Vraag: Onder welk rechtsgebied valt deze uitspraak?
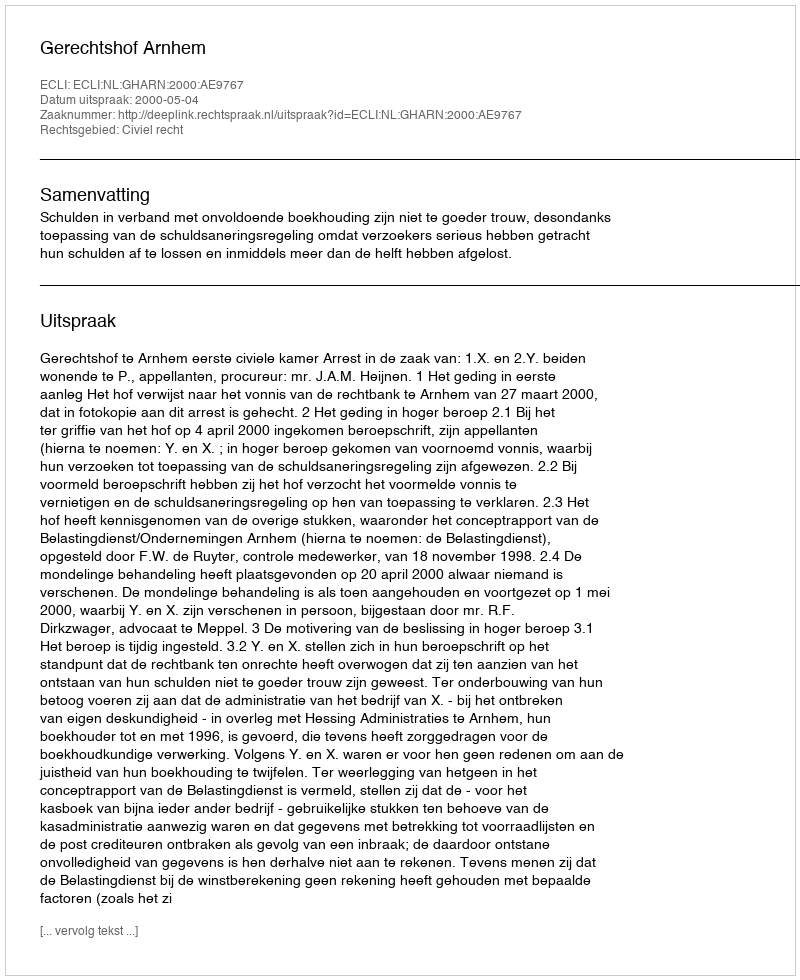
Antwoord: Civiel recht